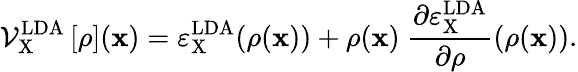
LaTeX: \mathcal{V}_{\mathrm{X}}^{\mathrm{LDA}}\left[\rho\right]({\mathbf x})=\varepsilon_{\mathrm{X}}^{\mathrm{LDA}}(\rho({\mathbf x}))+\rho({\mathbf x})\ \frac{\partial\varepsilon_{\mathrm{X}}^{\mathrm{LDA}}}{\partial\rho}(\rho({\mathbf x})).